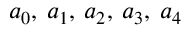
a _ { 0 } , \: a _ { 1 } , \: a _ { 2 } , \: a _ { 3 } , \: a _ { 4 }